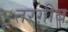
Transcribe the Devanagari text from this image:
तरग़ीब